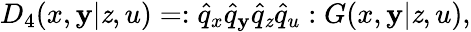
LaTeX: D_{4}(x,\mathbf{y}|\mathit{z},u)=:\hat{{q}}_{x}\hat{{q}}_{\mathbf{y}}\hat{{q}}_{\mathit{z}}\hat{{q}}_{u}:G(x,\mathbf{y}|\mathit{z},u),